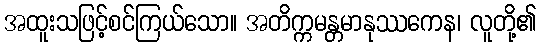
အထူးသဖြင့်စင်ကြယ်သော။ အတိက္ကမန္တမာနုဿကေန၊ လူတို့၏